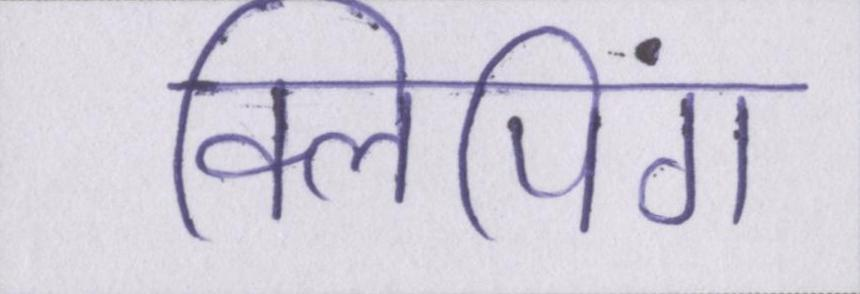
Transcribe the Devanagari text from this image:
क्लिपिंग